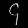
Digit: ၄